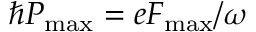
\hbar P _ { \mathrm { m a x } } = e F _ { \mathrm { m a x } } / \omega